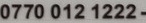
0770 012 1222